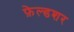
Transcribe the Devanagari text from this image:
फ़ेल्डशर